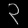
Digit: ၃